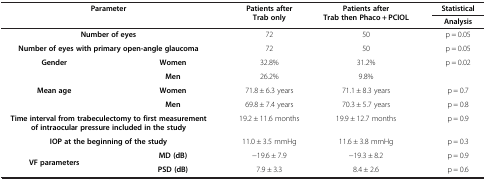
<table><thead><tr><td colspan="2"><b>Parameter</b></td><td><b>Patients after Trab only</b></td><td><b>Patients after Trab then Phaco + PCIOL</b></td><td colspan="2"><b>Statistical</b></td></tr><tr><td colspan="4"><b> </b></td><td colspan="2"><b>Analysis</b></td></tr></thead><tbody><tr><td colspan="2"><b>Number of eyes</b></td><td>72</td><td>50</td><td colspan="2">p = 0.05</td></tr><tr><td colspan="2"><b>Number of eyes with primary open-angle glaucoma</b></td><td>72</td><td>50</td><td colspan="2">p = 0.05</td></tr><tr><td rowspan="2"><b>Gender</b></td><td><b>Women</b></td><td>32.8%</td><td>31.2%</td><td rowspan="2" colspan="2">p = 0.02</td></tr><tr><td><b>Men</b></td><td>26.2%</td><td>9.8%</td></tr><tr><td rowspan="2"><b>Mean age</b></td><td><b>Women</b></td><td>71.8 ± 6.3 years</td><td>71.1 ± 8.3 years</td><td colspan="2">p = 0.7</td></tr><tr><td><b>Men</b></td><td>69.8 ± 7.4 years</td><td>70.3 ± 5.7 years</td><td colspan="2">p = 0.8</td></tr><tr><td colspan="2"><b>Time interval from trabeculectomy to first measurement of intraocular pressure included in the study</b></td><td>19.2 ± 11.6 months</td><td>19.9 ± 12.7 months</td><td colspan="2">p = 0.9</td></tr><tr><td colspan="2"><b>IOP at the beginning of the study</b></td><td>11.0 ± 3.5 mmHg</td><td>11.6 ± 3.8 mmHg</td><td colspan="2">p = 0.3</td></tr><tr><td><b>VF parameters</b></td><td><b>MD (dB)</b></td><td>−19.6 ± 7.9</td><td>−19.3 ± 8.2</td><td colspan="2">p = 0.9</td></tr><tr><td> </td><td><b>PSD (dB)</b></td><td>7.9 ± 3.3</td><td>8.4 ± 2.6</td><td colspan="2">p = 0.6</td></tr></tbody></table>